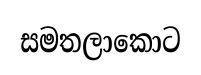
සමතලාකොට